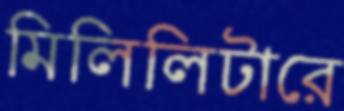
মিলিলিটারে